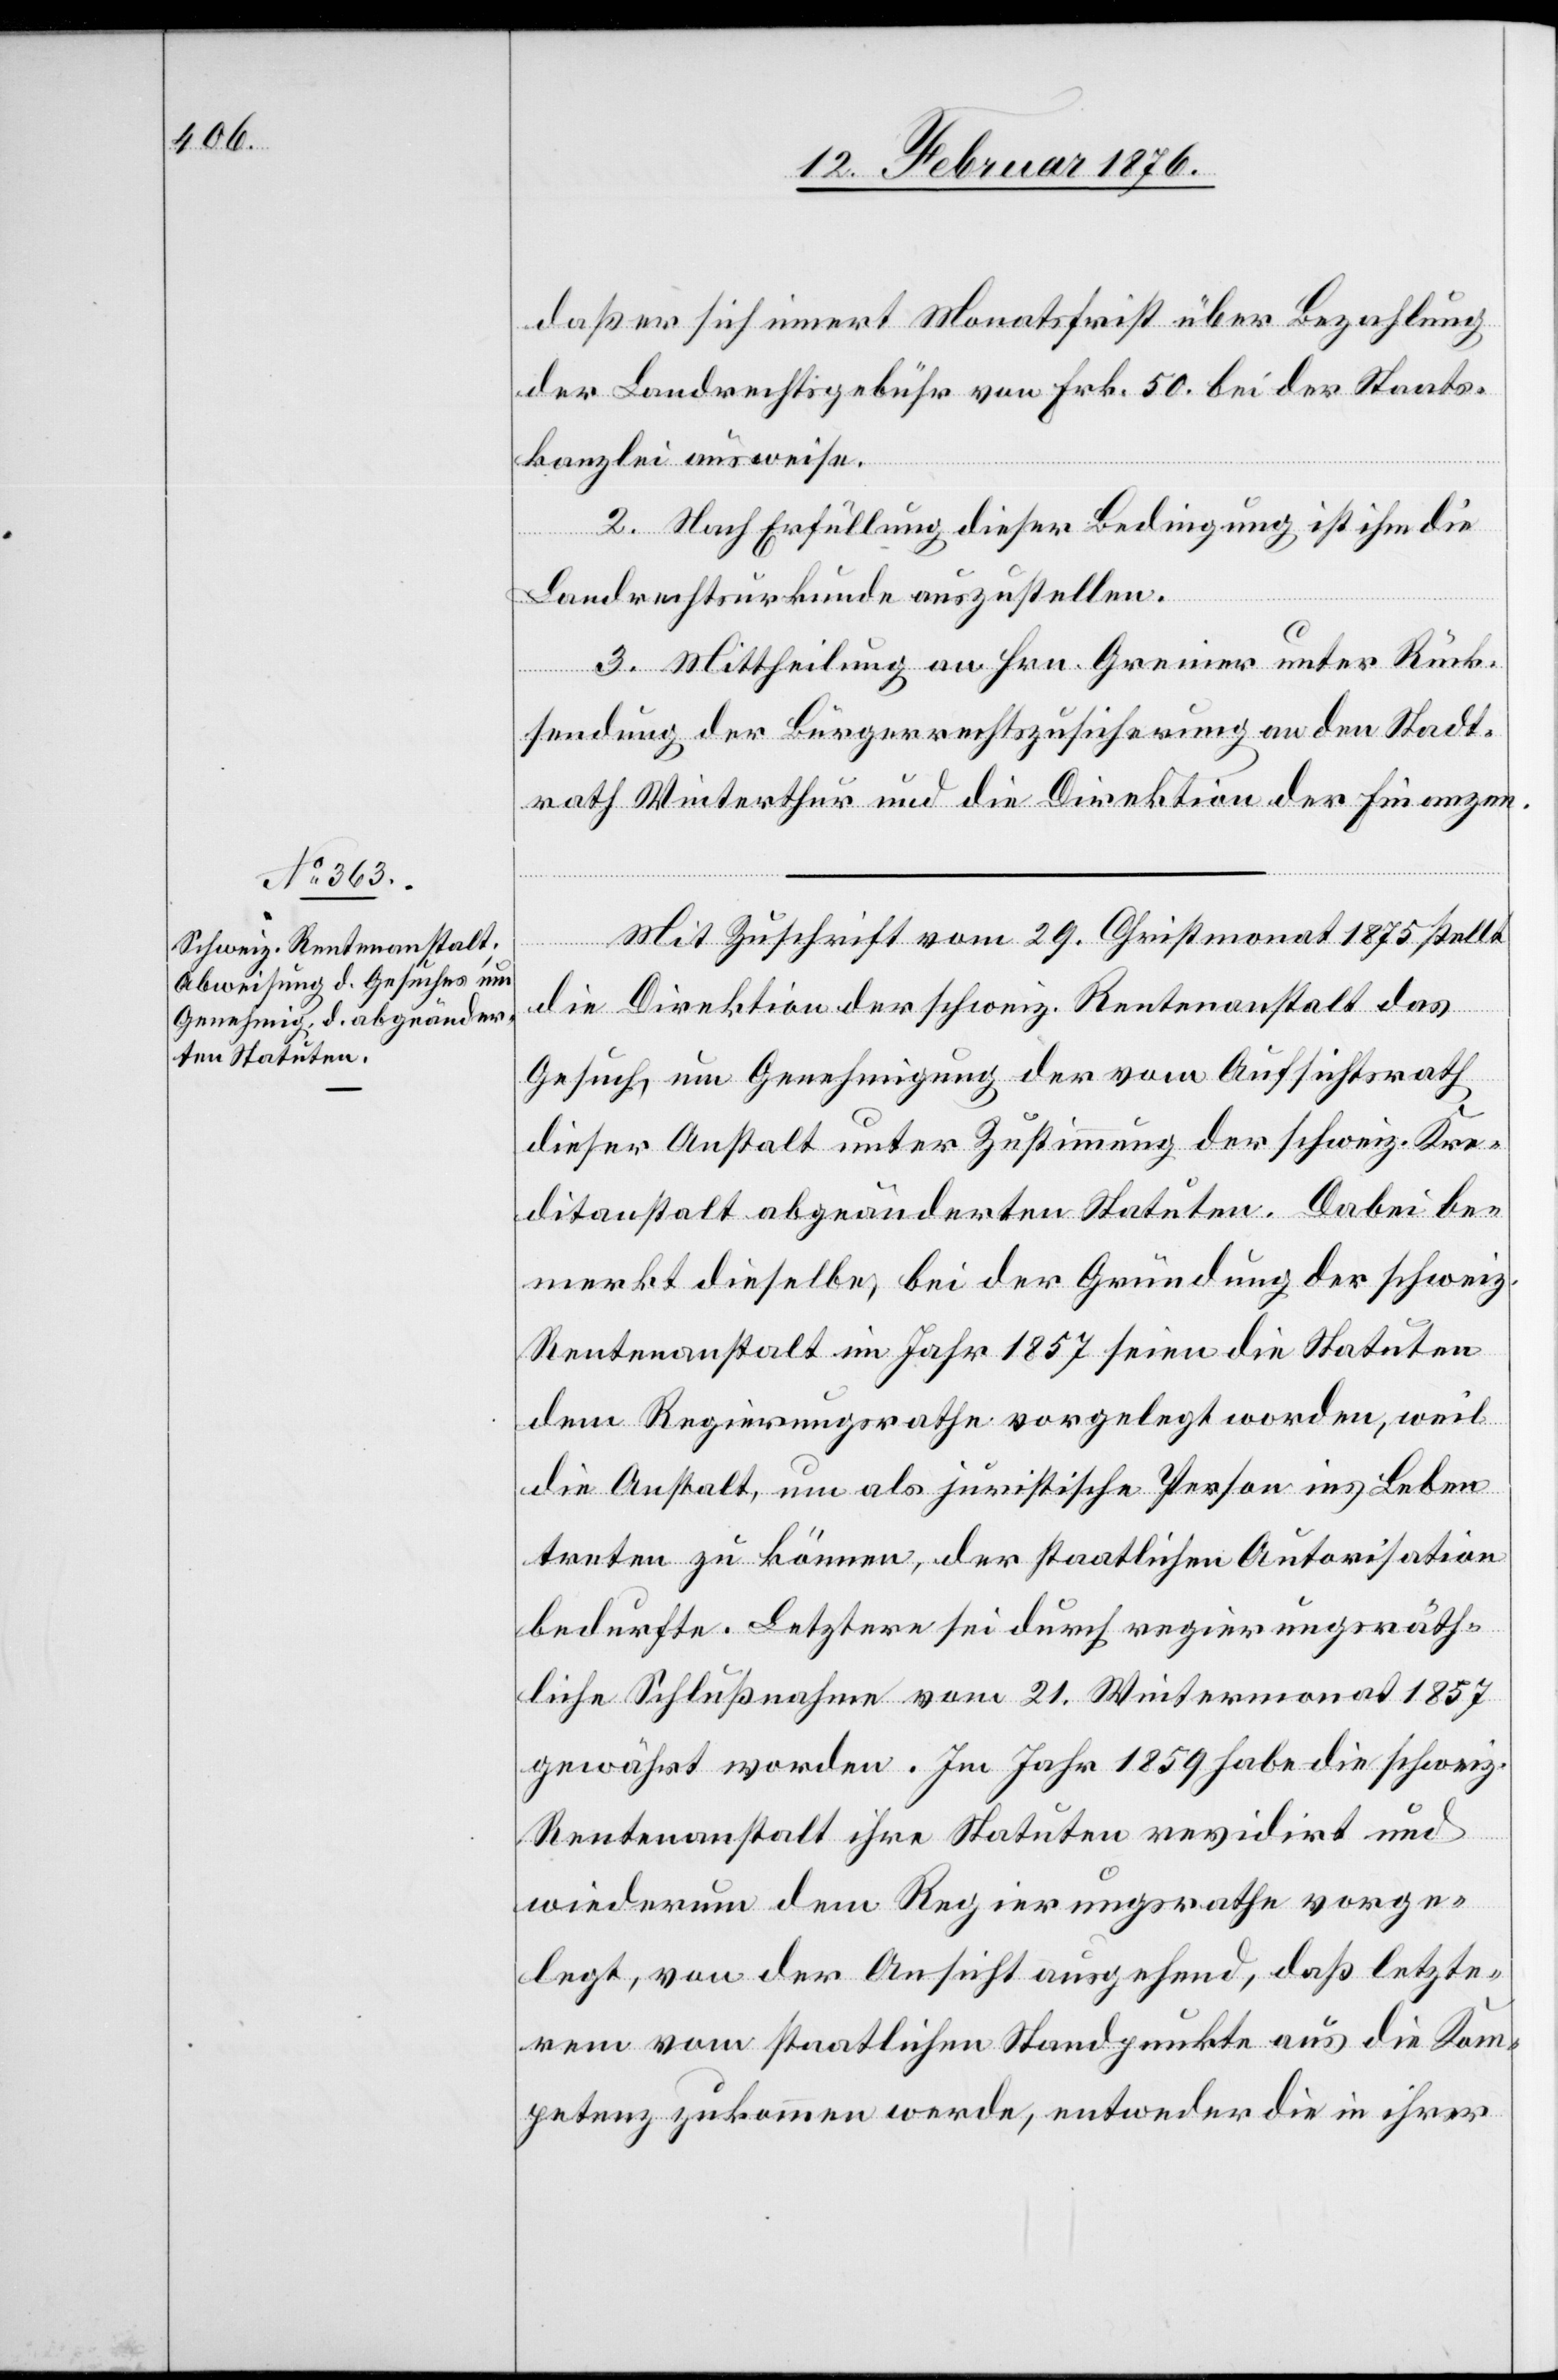
daß er sich innert Monatsfrist über Bezahlung
der Landrechtsgebühr von Frk. 50 bei der Staats¬
kanzlei ausweise.
2. Nach Erfüllung dieser Bedingung ist ihm die
Landrechtsurkunde auszustellen.
3. Mittheilung an Hrn. Greiner unter Rück¬
sendung der Bürgerschaftszusicherung an den Stadt¬
rath Winterthur und die Direktion der Finanzen.
Mit Zuschrift vom 29. Christmonat 1875 stellt
die Direktion der schweiz. Rentenanstalt das
Gesuch, um Genehmigung der vom Aufsichtsrath
dieser Anstalt unter Zustimmung der schweiz. Kre¬
ditanstalt abgeänderten Statuten. Dabei be¬
merkt dieselbe, bei der Gründung der schweiz.
Rentenanstalt im Jahr 1857 seien die Statuten
dem Regierungsrathe vorgelegt worden, weil
die Anstalt, um als juristische Person ins Leben
treten zu können, der staatlichen Autorisation
bedurfte. Letztere sei durch regierungsräth¬
liche Schlussnahme vom 21. Wintermonat 1857
gewährt worden. Im Jahr 1859 habe die schweiz.
Rentenanstalt ihre Statuten revidirt und
wiederum dem Regierungsrathe vorge¬
legt, von der Ansicht ausgehend, daß letzte¬
ren vom staatlichen Standpunkte aus die Kom¬
petenz zukommen werde, entweder die in ihrer